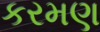
કરમણ